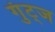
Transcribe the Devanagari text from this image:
गुंट्ज